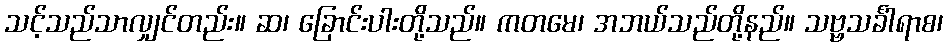
သင့်သည်သာလျှင်တည်း။ ဆ၊ ခြောင်းပါးတို့သည်။ ကတမေ၊ အဘယ်သည်တို့နည်။ သဗ္ဗသင်္ခါရာစ၊